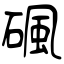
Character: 碸